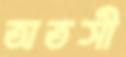
অতসী